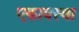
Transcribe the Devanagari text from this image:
एकावस्था